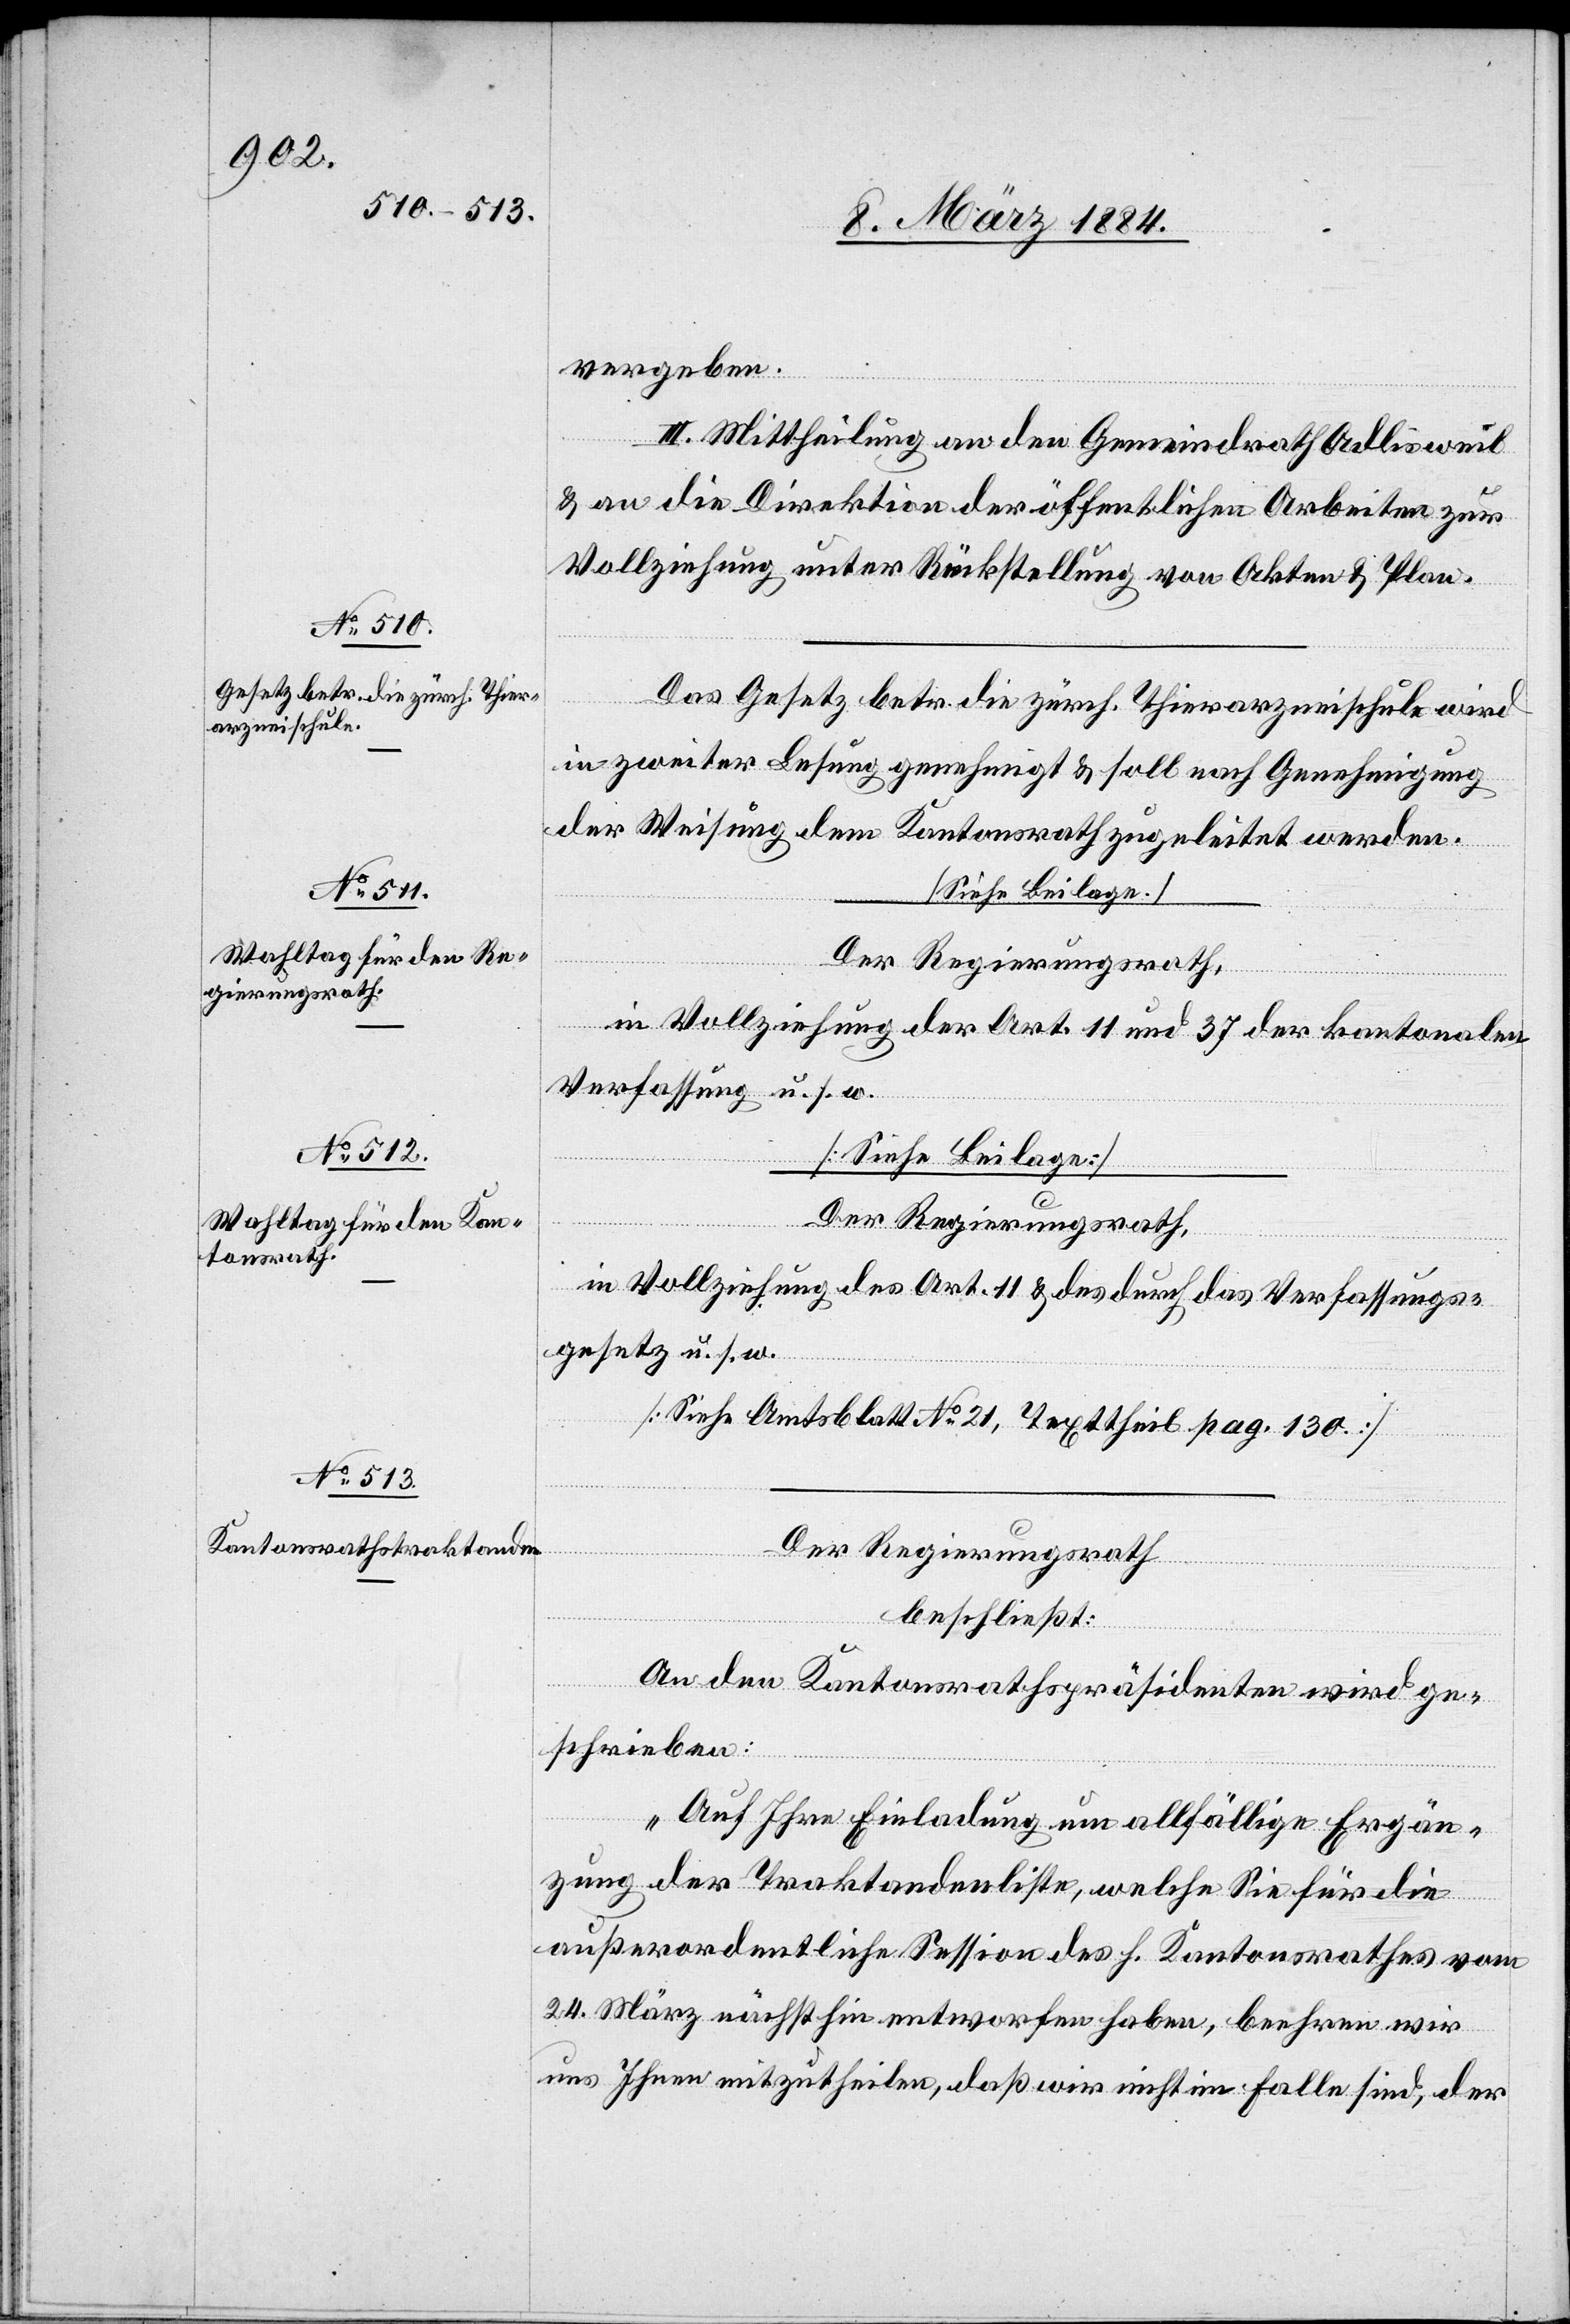
vergeben.
III. Mittheilung an den Gemeindrath Adlisweil
& an die Direktion der öffentlichen Arbeiten zur
Vollziehung, unter Rückstellung von Akten & Plan.
Das Gesetz betr. die zürch. Thierarzneischule wird
in zweiter Lesung genehmigt & soll nach Genehmigung
der Weisung dem Kantonsrath zugeleitet werden.
[Siehe Beilage.]
Der Regierungsrath,
in Vollziehung der Art. 11 und 37 der kantonalen
Verfassung u. s. w.
[Siehe Beilage.]
Der Regierungsrath,
in Vollziehung der Art. 11 & des durch das Verfassungs¬
gesetz u. s. w.
[Siehe Amtsblatt No 21, Texttheil pag. 130]
Der Regierungsrath
beschließt:
An den Kantonsrathspräsidenten wird ge¬
schrieben:
„Auf Ihre Einladung um allfällige Ergän¬
zung der Traktandenliste, welche Sie für die
außerordentliche Session des h. Kantonsrathes vom
24. März nächsthin entworfen haben, beehren wir
uns Ihnen mitzutheilen, daß wir nicht im Falle sind, der